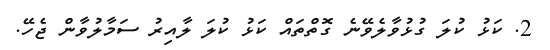
2. ކަޅު ކުލަ ގުޅުވާލެވޭނެ ގޮތްތައް ކަޅު ކުލަ ލާއިރު ސަމާލުވާން ޖެހޭ.